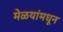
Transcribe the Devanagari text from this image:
मेळयांमधून